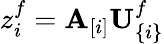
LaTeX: z_{i}^{f}=\mathbf{A}_{[i]}\mathbf{U}_{\{ i\} }^{f}